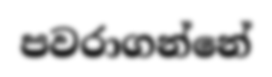
පවරාගන්නේ